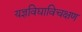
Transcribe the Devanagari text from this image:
यज्ञविद्याविचक्षण